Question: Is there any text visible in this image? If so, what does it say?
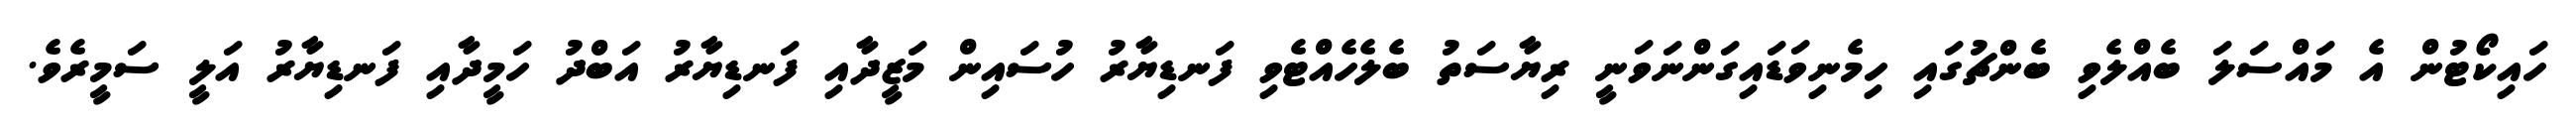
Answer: ހައިކޯޓުން އެ މައްސަލަ ބެއްލެވި ބެންޗުގައި ހިމެނިވަޑައިގަންނަވަނީ ރިޔާސަތު ބެލެހެއްޓެވި ފަނޑިޔާރު ހުސައިން މަޒީދާއި ފަނޑިޔާރު އަބްދު ހަމީދާއި ފަނޑިޔާރު އަލީ ސަމީރެވެ.